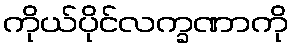
ကိုယ်ပိုင်လက္ခဏာကို